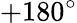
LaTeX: +180^{\circ}